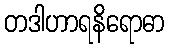
တဒါဟာရနိရောဓာ